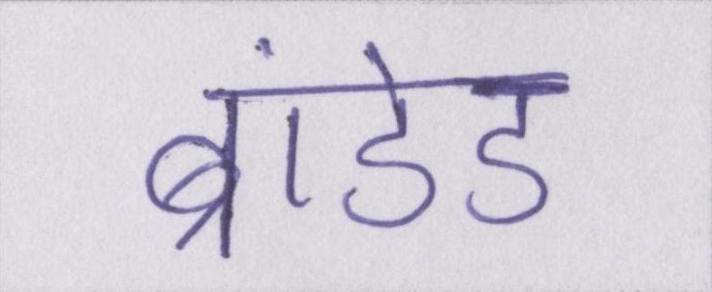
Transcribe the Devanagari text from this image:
ब्रांडेड